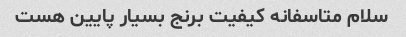
سلام متاسفانه کیفیت برنج بسیار پایین هست